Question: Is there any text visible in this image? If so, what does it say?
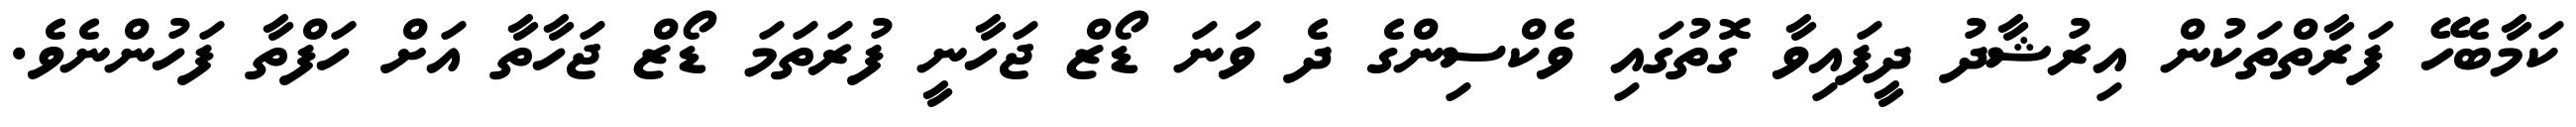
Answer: ކަމާބެހޭ ފަރާތްތަކުން އިރުޝާދު ދީފައިވާ ގޮތުގައި ވެކްސިންގެ ދެ ވަނަ ޑޯޒް ޖަހާނީ ފުރަތަމަ ޑޯޒް ޖަހާތާ އަށް ހަފްތާ ފަހުންނެވެ.